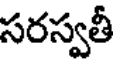
సరస్వతీ